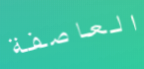
العاصفة